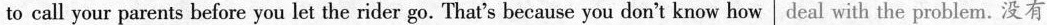
to call your parents before you let the rider go. That's because you don't know how deal with the problem.没有